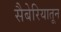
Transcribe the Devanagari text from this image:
सैबेरियातून